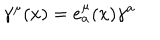
\gamma ^ { \mu } ( x ) = e _ { a } ^ { \mu } ( x ) \gamma ^ { a }